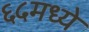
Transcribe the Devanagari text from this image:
६५मध्ये